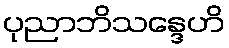
ပုညာဘိသန္ဒေဟိ